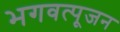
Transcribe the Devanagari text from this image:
भगवत्पूजन